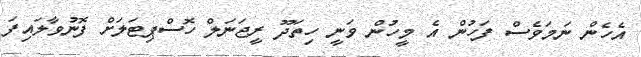
އެހެން ނަމަވެސް ފަހުން އެ މީހުން ވަނީ ހިތަދޫ ރީޖަނަލް ހޮސްޕިޓަލަށް ފޮނުވާލައިފަ